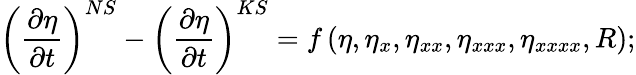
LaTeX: \left(\frac{\partial{\eta}}{\partial t}\right)^{NS}-\left(\frac{\partial{\eta}}{\partial t}\right)^{KS}=f\left(\eta,\eta_{x},\eta_{xx},\eta_{xxx},\eta_{xxxx},R\right);